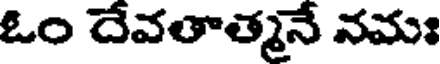
ఓం దేవతాత్మనే నమః